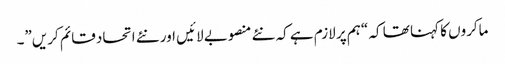
ماکروں کا کہنا تھا کہ “ہم پر لازم ہے کہ نئے منصوبے لائیں اور نئے اتحاد قائم کریں”۔